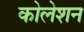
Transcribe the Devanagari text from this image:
कोलेशन